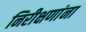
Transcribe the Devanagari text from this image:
निरीक्षणांना